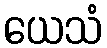
ယေသံ